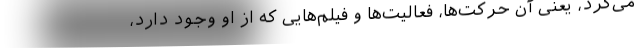
می‌کرد، یعنی آن حرکت‌ها، فعالیت‌ها و فیلم‌هایی که از او وجود دارد،